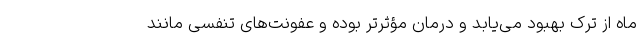
ماه از ترک بهبود می‌یابد و درمان مؤثرتر بوده و عفونت‌های تنفسی مانند